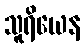
သူရိယေန